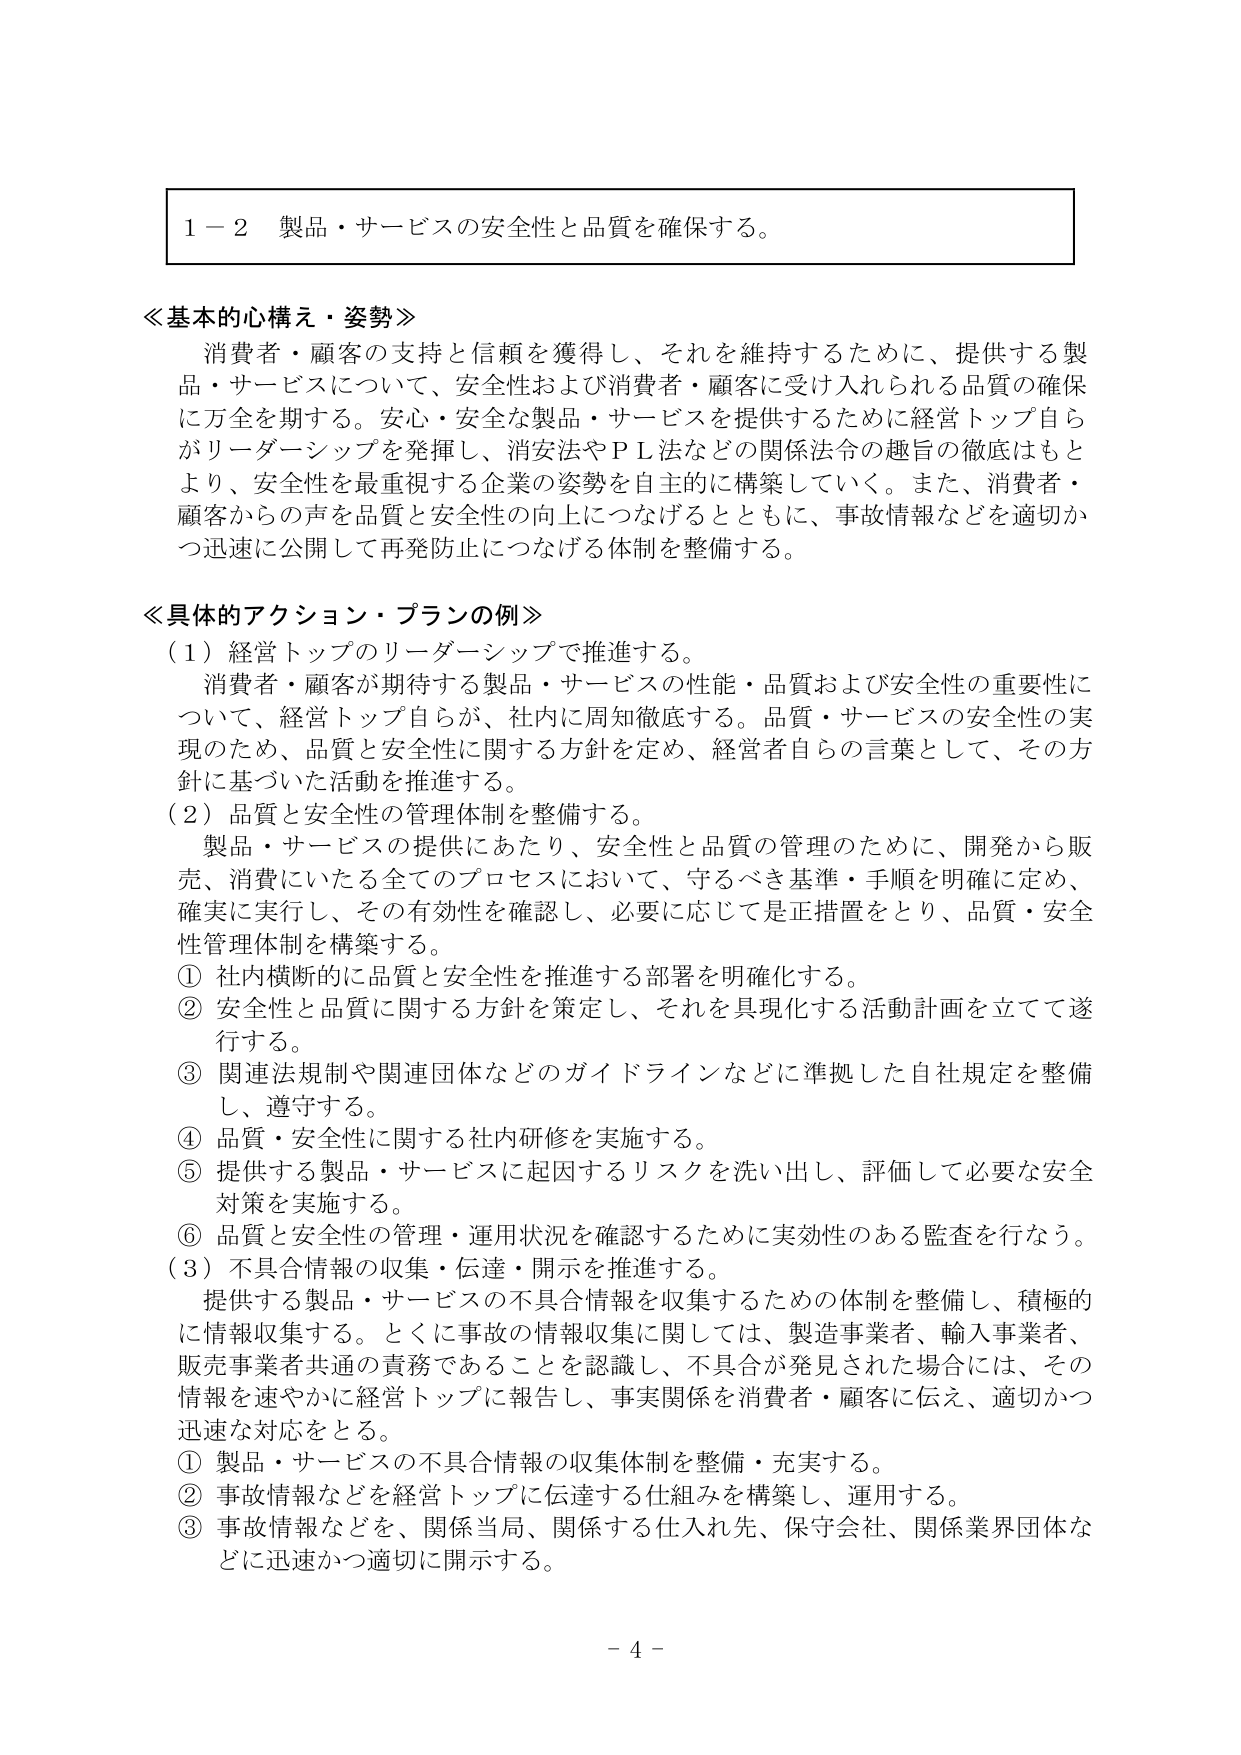
1－2 製品・サービスの安全性と品質を確保する。

≪基本的心構え・姿勢≫
消費者・顧客の支持と信頼を獲得し、それを維持するために、提供する製品・サービスについて、安全性および消費者・顧客に受け入れられる品質の確保に万全を期する。安心・安全な製品・サービスを提供するために経営トップ自らがリーダーシップを発揮し、消安法やＰＬ法などの関係法令の趣旨の徹底はもとより、安全性を最重視する企業の姿勢を自主的に構築していく。また、消費者・顧客からの声を品質と安全性の向上につなげるとともに、事故情報などを適切かつ迅速に公開して再発防止につなげる体制を整備する。

≪具体的アクション・プランの例≫
（1）経営トップのリーダーシップで推進する。
消費者・顧客が期待する製品・サービスの性能・品質および安全性の重要性について、経営トップ自らが、社内に周知徹底する。品質・サービスの安全性の実現のため、品質と安全性に関する方針を定め、経営者自らの言葉として、その方針に基づいた活動を推進する。

（2）品質と安全性の管理体制を整備する。
製品・サービスの提供にあたり、安全性と品質の管理のために、開発から販売、消費にいたる全てのプロセスにおいて、守るべき基準・手順を明確に定め、確実に実行し、その有効性を確認し、必要に応じて是正措置をとり、品質・安全性管理体制を構築する。
① 社内横断的に品質と安全性を推進する部署を明確化する。
② 安全性と品質に関する方針を策定し、それを具現化する活動計画を立てて遂行する。
③ 関連法規制や関連団体などのガイドラインなどに準拠した自社規定を整備し、遵守する。
④ 品質・安全性に関する社内研修を実施する。
⑤ 提供する製品・サービスに起因するリスクを洗い出し、評価して必要な安全対策を実施する。
⑥ 品質と安全性の管理・運用状況を確認するために実効性のある監査を行なう。

（3）不具合情報の収集・伝達・開示を推進する。
提供する製品・サービスの不具合情報を収集するための体制を整備し、積極的に情報収集する。とくに事故の情報収集に関しては、製造事業者、輸入事業者、販売事業者共通の責務であることを認識し、不具合が発見された場合には、その情報を速やかに経営トップに報告し、事実関係を消費者・顧客に伝え、適切かつ迅速な対応をとる。
① 製品・サービスの不具合情報の収集体制を整備・充実する。
② 事故情報などを経営トップに伝達する仕組みを構築し、運用する。
③ 事故情報などを、関係当局、関係する仕入れ先、保守会社、関係業界団体などに迅速かつ適切に開示する。

－ 4 －